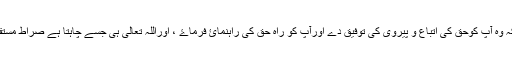
ہم اللہ تعالی سے دعا گو ہيں کہ وہ آپ کوحق کی اتباع و پیروی کی توفیق دے اورآپ کو راہ حق کی راہنمائ فرماۓ ، اوراللہ تعالی ہی جسے چاہتا ہے صراط مستقیم کی ھدایت سے نوازتا ہے ۔